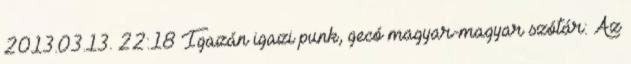
2013.03.13. 22:18 Igazán igazi punk, gecó magyar-magyar szótár: Az